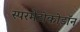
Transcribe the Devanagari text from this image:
स्परमैटोकोडॉन